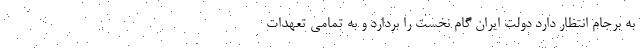
به برجام انتظار دارد دولت ایران گام نخست را بردارد و به تمامی تعهدات